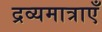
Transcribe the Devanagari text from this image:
द्रव्यमात्राएँ